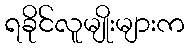
ရခိုင်လူမျိုးများက